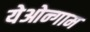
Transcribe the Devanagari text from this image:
येओन्गाम